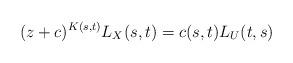
LaTeX: \begin{align*}(z+c)^{K(s,t)}L_X(s,t)=c(s,t)L_U(t,s)\end{align*}